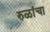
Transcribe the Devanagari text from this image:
रुळांचा